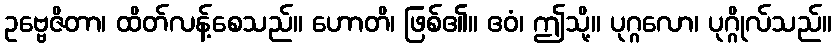
ဥဗ္ဗေဇိတာ၊ ထိတ်လန့်စေသည်။ ဟောတိ၊ ဖြစ်၏။ ဧဝံ၊ ဤသို့။ ပုဂ္ဂလော၊ ပုဂ္ဂိုလ်သည်။